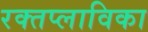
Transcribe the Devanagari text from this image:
रक्तप्लाविका